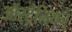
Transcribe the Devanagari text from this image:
ऑस्ट्रेलियन्